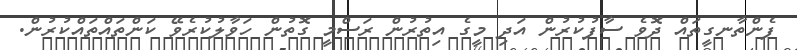
ފެންތާނގީތައް ދޮވެ ސާފުކުރުން އަދި މީގެ އިތުރުން ރަސްމީ ގޮތުން ހަވާލުކުރެވޭ ކަންތައްތައްކުރުން.